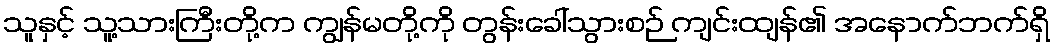
သူနှင့် သူ့သားကြီးတို့က ကျွန်မတို့ကို တွန်းခေါ်သွားစဉ် ကျင်းထျန်၏ အနောက်ဘက်ရှိ